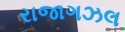
રાજાગઝલ